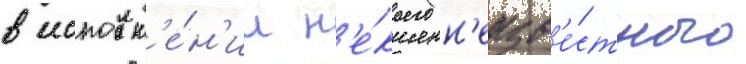
в исполн'е́н'ии н'е́коего н'еизв'е́стного